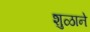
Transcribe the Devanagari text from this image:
शुळाने